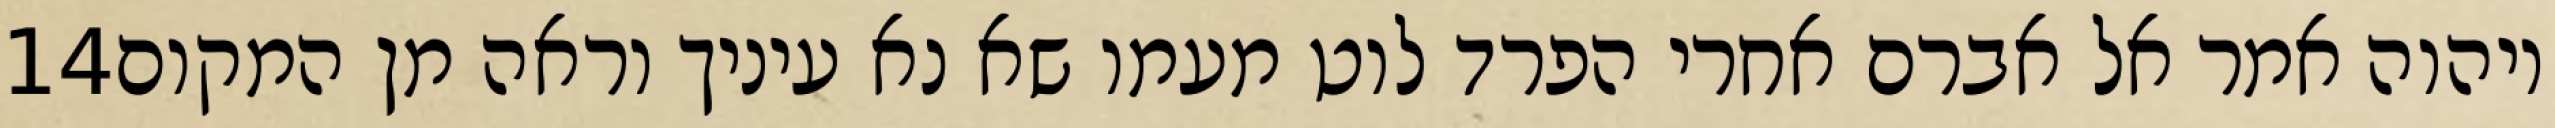
‎14‏ ויהוה אמר אל אברם אחרי הפרד לוט מעמו שא נא עיניך וראה מן המקום